Eesti_Vabariigi_Tartu_Ulikool, lk 38
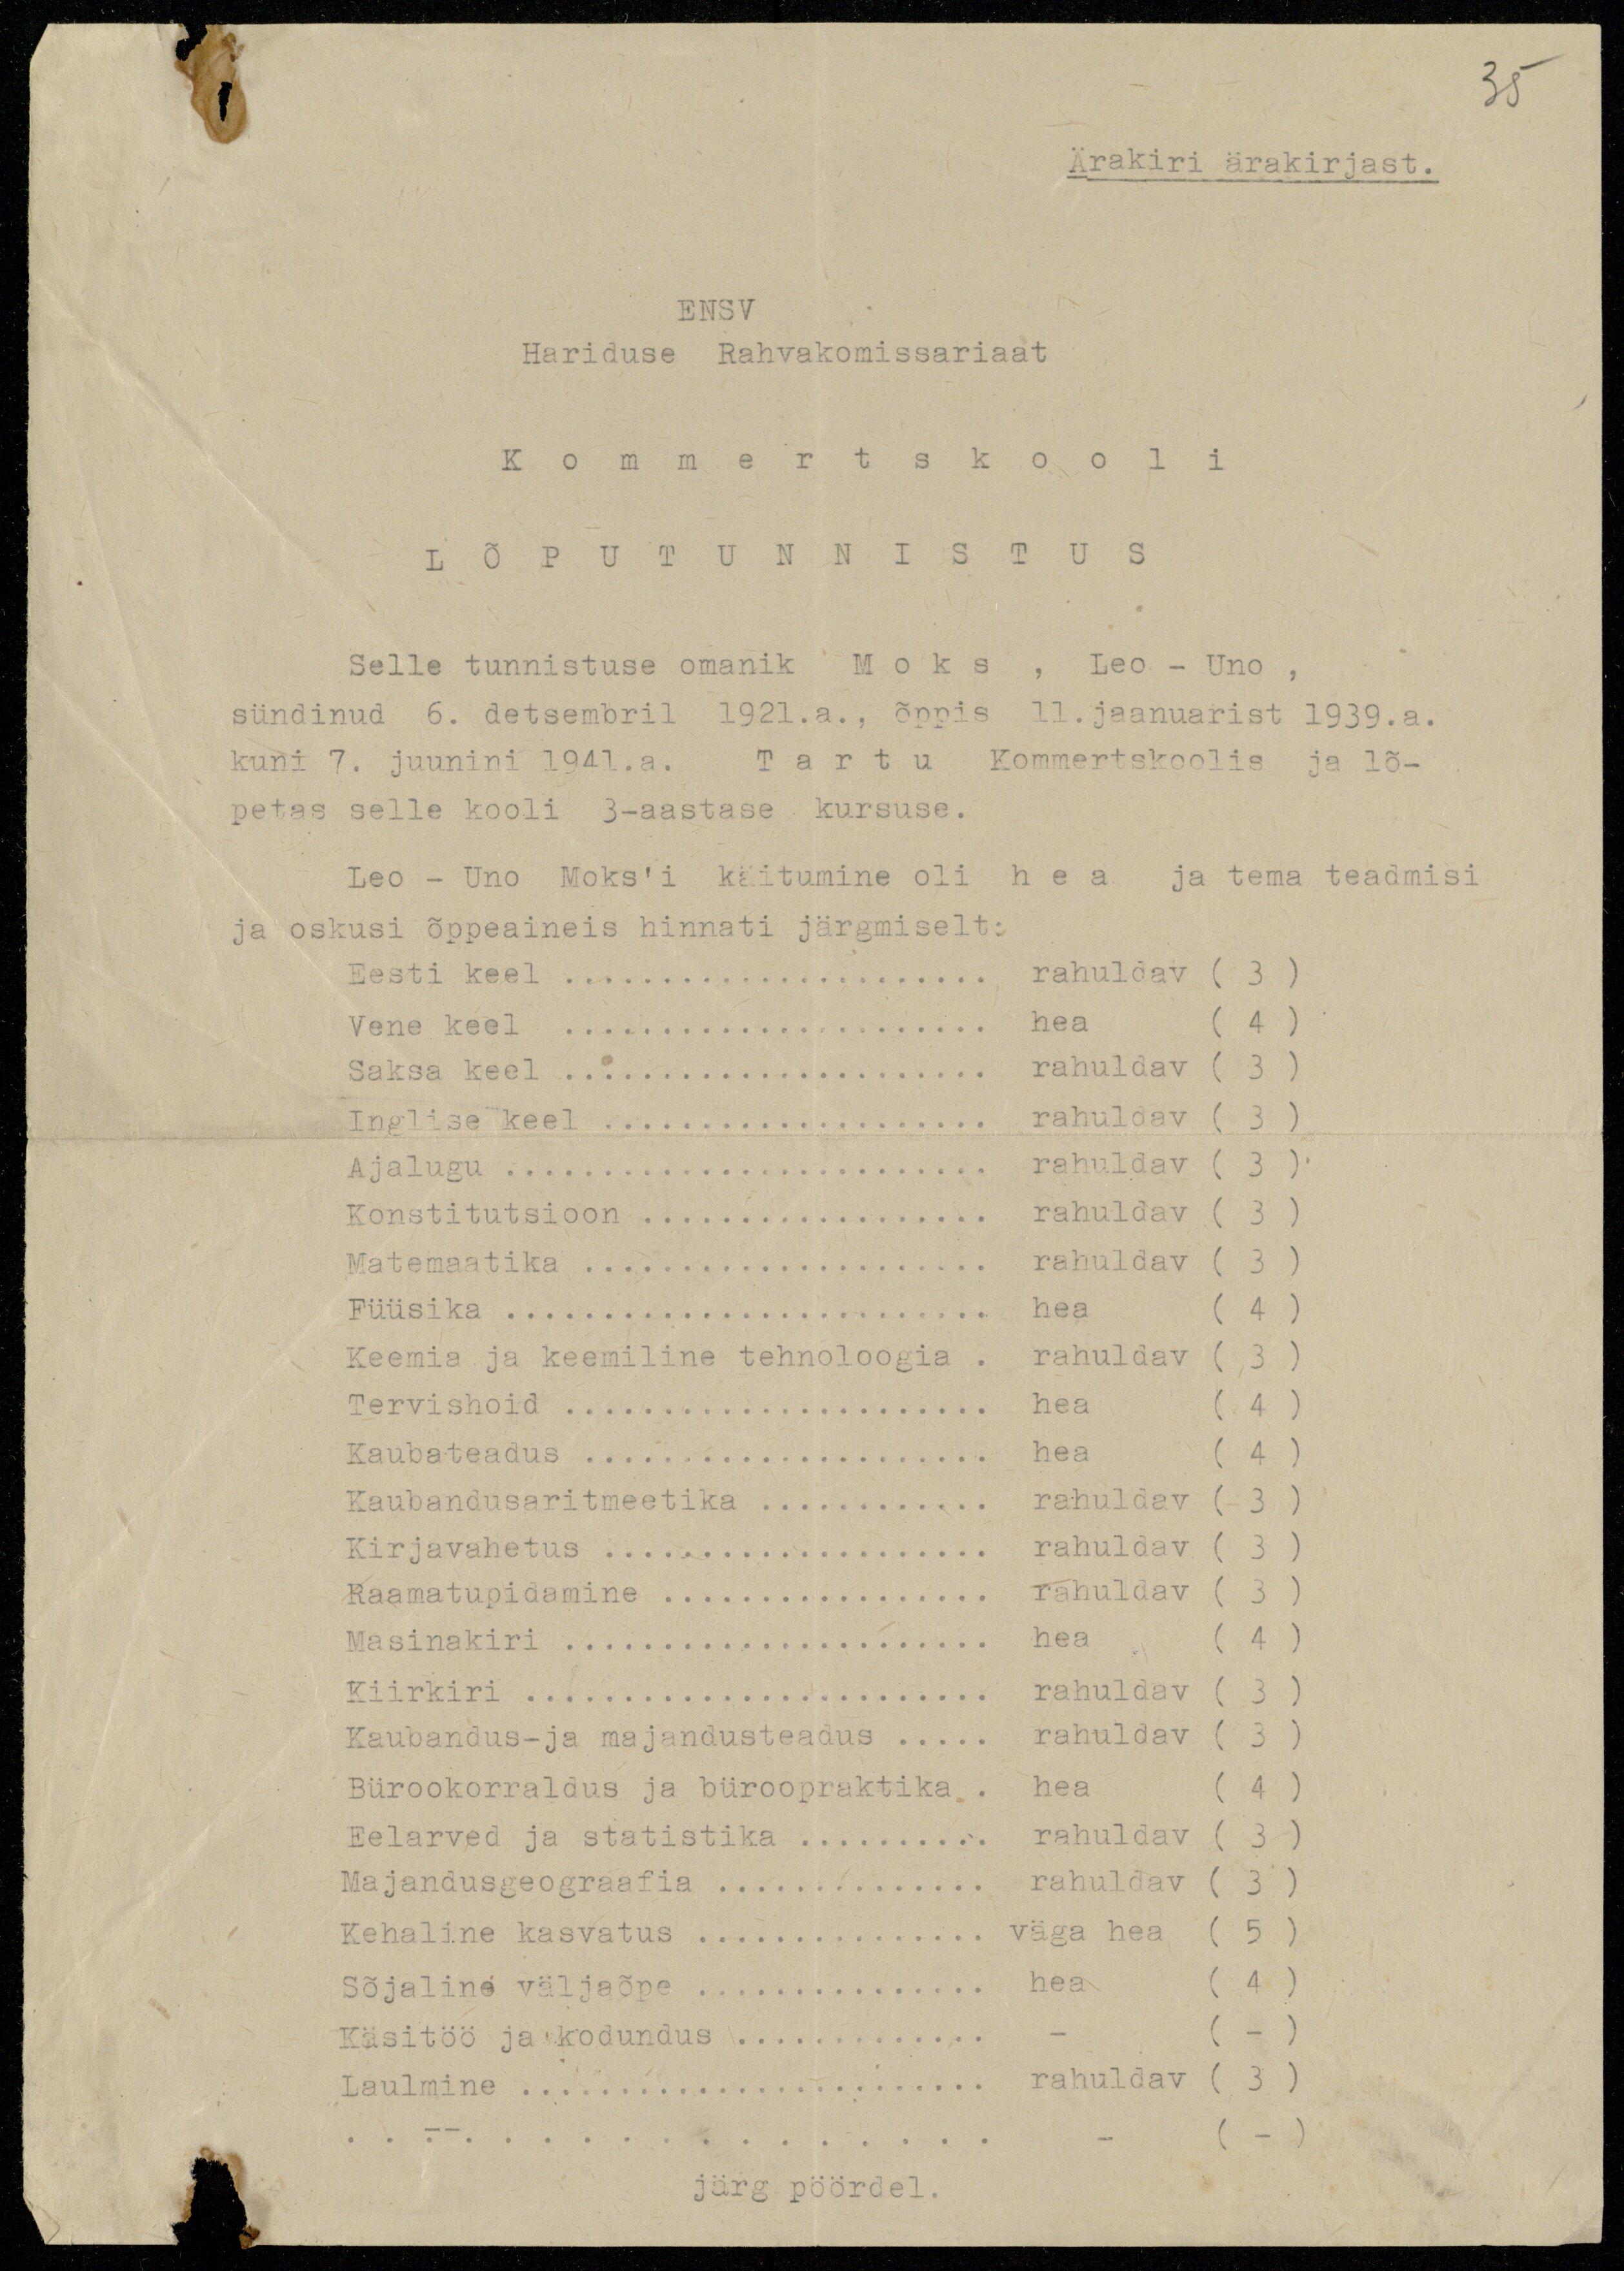
38

Ärakiri ärakirjast.

ENSV
Hariduse Rahvakomissariaat
Kommertskooli
LÕPUTUNNISTUS
Selle tunnistuse omanik Moks, Leo - Uno,
sündinud 6. detsembril 1921 a. õppis 11.jaanuarist 1939.a.
kuni 7. juunini 1941.a. Tartu Kommertskoolis ja lõ-
petas selle kooli 3-aastase kursuse.
Leo - Uno Moks'i käitumine oli hea ja tema teadmisi
ja oskusi õppeaineis hinnati järgmiselt:
Eesti keel........................... rahuldav ( 3)
Vene keel hea (4)
Saksa keel................... rahuldav ( 3)
Inglise keel rahuldav ( 3)
Ajalugu................................................... rahuldav ( 3)
Konstitutsioon ... rahuldav (3)
Matemaatika ... rahuldav (3)
Füüsika ... hea (4)
Keemia ja keemiline tehnoloogia ... rahuldav (3)
Tervishoid ... hea (4)
Kaubateadus................... hea (4)
Kaubandusaritmeetika ... rahuldav (3)
Kirjavahetus ... rahuldav (3)
Raamatupidamine ... (3)
Masinakiri ... hea (4)
Kiirkiri........................... rahuldav ( 3)
Kaubandus-ja majandusteadus..... rahuldav (3)
Bürookorraldus ja büroopraktika ... hea (4)
Eelarved ja statistika........... rahuldav ( 3)
Majandusgeograafia........... rahuldav ( 3)
Kehaline kasvatus........... väga hea (5)
Sõjaline väljaõpe hea (4)
Käsitöö ja kodundus - ( -)
Laulmine................... rahuldav ( 3)
järg pöördel.